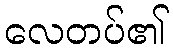
လေတပ်၏